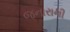
જનારાની